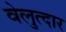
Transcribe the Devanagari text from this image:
वेलुत्दार